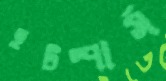
হটস্পার্স